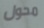
محول